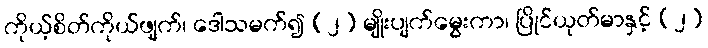
ကိုယ့်စိတ်ကိုယ်ဖျက်၊ ဒေါသမက်၍ (၂) မျိုးပျက်မွေးကာ၊ ပြိုင်ယုတ်မာနှင့် (၂)